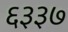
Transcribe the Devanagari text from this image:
६३३७